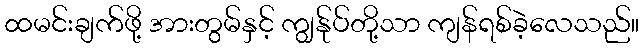
ထမင်းချက်ဖို့ အားတွမ်နှင့် ကျွန်ုပ်တို့သာ ကျန်ရစ်ခဲ့လေသည်။